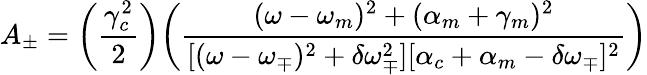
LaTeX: A_{\pm}=\bigg(\frac{\gamma_{c}^{2}}{2}\bigg)\bigg(\frac{(\omega-\omega_{m})^{2}+(\alpha_{m}+\gamma_{m})^{2}}{[(\omega-\omega_{\mp})^{2}+\delta\omega_{\mp}^{2}][\alpha_{c}+\alpha_{m}-\delta\omega_{\mp}]^{2}}\bigg)